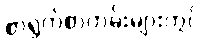
စာရွက်စာတမ်းများတွင်